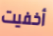
أخفيت